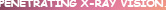
PENETRATING X-RAY VISION.